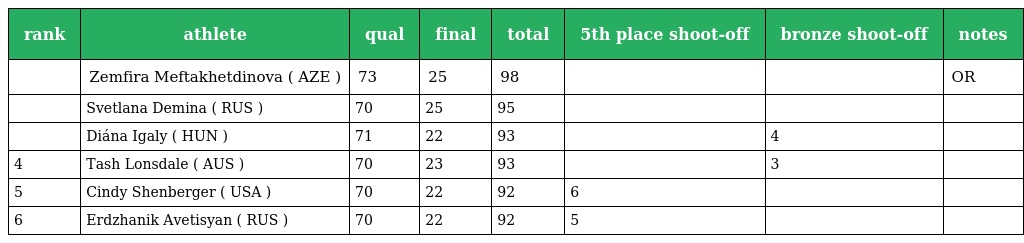
| rank | athlete | qual | final | total | 5th place shoot-off | bronze shoot-off | notes |
 | --- | --- | --- | --- | --- | --- | --- | --- |
 |  | Zemfira Meftakhetdinova ( AZE ) | 73 | 25 | 98 |  |  | OR |
 |  | Svetlana Demina ( RUS ) | 70 | 25 | 95 |  |  |  |
 |  | Diána Igaly ( HUN ) | 71 | 22 | 93 |  | 4 |  |
 | 4 | Tash Lonsdale ( AUS ) | 70 | 23 | 93 |  | 3 |  |
 | 5 | Cindy Shenberger ( USA ) | 70 | 22 | 92 | 6 |  |  |
 | 6 | Erdzhanik Avetisyan ( RUS ) | 70 | 22 | 92 | 5 |  |  |